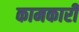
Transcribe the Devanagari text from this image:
कामकारी